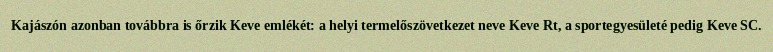
Kajászón azonban továbbra is őrzik Keve emlékét: a helyi termelőszövetkezet neve Keve Rt, a sportegyesületé pedig Keve SC.